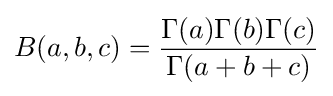
B(a,b,c)={\frac {\Gamma (a)\Gamma (b)\Gamma (c)}{\Gamma (a+b+c)}}